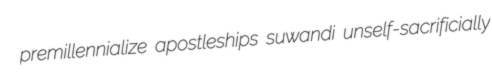
premillennialize apostleships suwandi unself-sacrificially